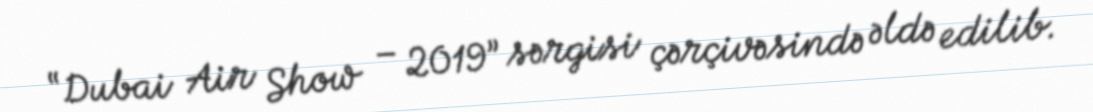
“Dubai Air Show – 2019” sərgisi çərçivəsində əldə edilib.